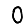
Digit: 0